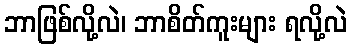
ဘာဖြစ်လို့လဲ၊ ဘာစိတ်ကူးများ ရလို့လဲ